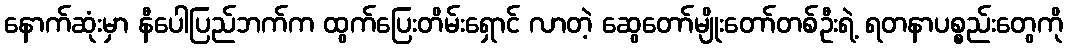
နောက်ဆုံးမှာ နီပေါပြည်ဘက်က ထွက်ပြေးတိမ်းရှောင် လာတဲ့ ဆွေတော်မျိုးတော်တစ်ဦးရဲ့ ရတနာပစ္စည်းတွေကို